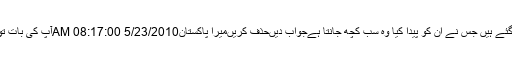
يہ لوگ اسلام کو چودہ صدی پرانا کہہ کر اس کی تجديد کرنا چاہتے ہيں مگر بھول گئے ہيں جس نے ان کو پيدا کيا وہ سب کچھ جانتا ہےجواب دیںحذف کریںمیرا پاکستان5/23/2010 08:17:00 AMآپ کی بات تو درست ہے، پریس کانفرنس کرنے کی بجائے عدالت میں جائیں اور اپنا کیس لڑیں۔